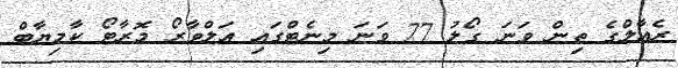
ރެއާލްގެ ތިން ވަނަ ގޯލު 77 ވަނަ މިނެޓްގައި އަލްވާރޯ މޮރާޓޯ ކާމިޔާބް